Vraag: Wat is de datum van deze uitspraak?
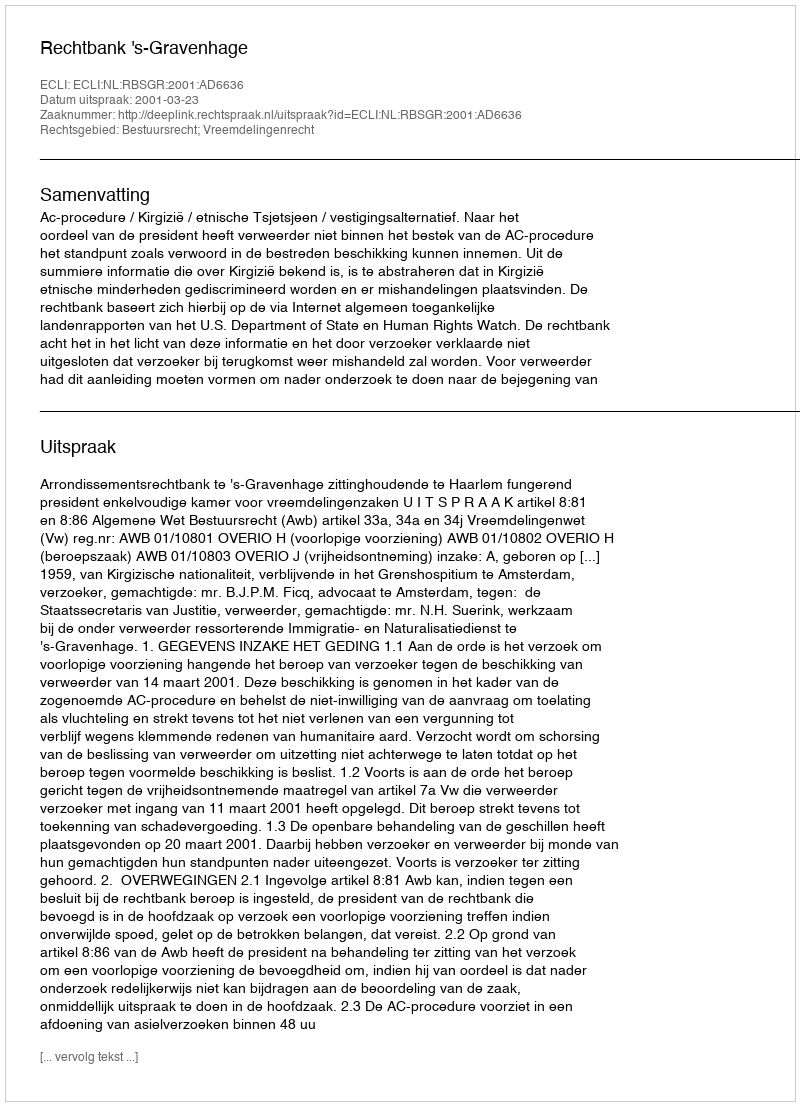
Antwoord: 2001-03-23